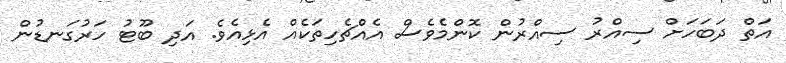
އަތް ދަބަހަށް ސިއްރު ސިއްރުން ކޮންމެވެސް އެއްޗެހިތަކެއް އެޅިއެވެ. އަދި ބޫޓު ހަރުގަނޑުން